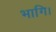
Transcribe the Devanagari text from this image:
भागि।